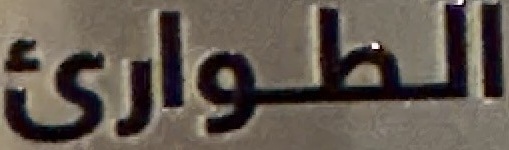
الطواري